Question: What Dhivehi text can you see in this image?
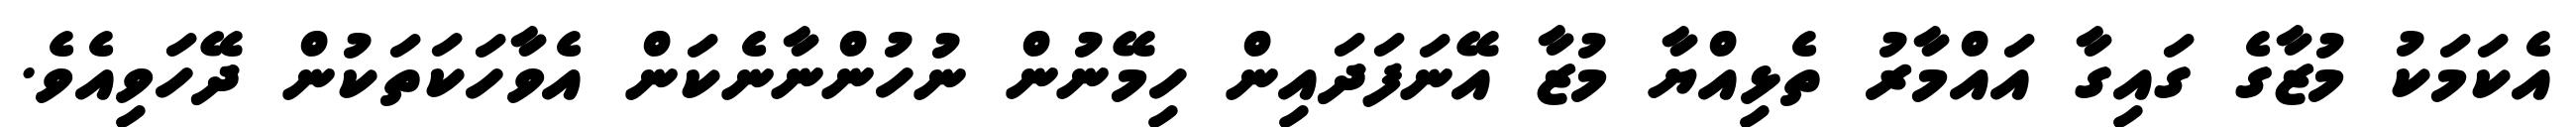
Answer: އެކަމަކު މުޒާގެ ގައިގާ އައްމާރު ތެޅިއްޔާ މުޒާ އޭނަފަދައިން ހިމޭނުން ނުހުންނާނެކަން އެވާހަކަތަކުން ދޭހަވިއެވެ.